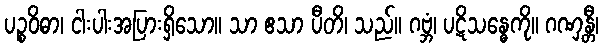
ပဉ္စဝိဓာ၊ ငါးပါးအပြားရှိသော။ သာ ဧသာ ပီတိ၊ သည်။ ဂဗ္ဘံ၊ ပဋိသန္ဓေကို။ ဂဏှန္တီ၊